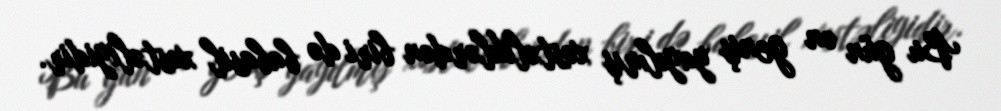
Bu gün ən geniş yayılmış xəstəliklərdən biri də babasil xəstəliyidir.